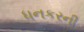
ધનકરની